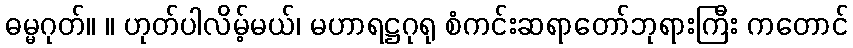
ဓမ္မဂုတ်။ ။ ဟုတ်ပါလိမ့်မယ်၊ မဟာရဋ္ဌဂုရု စံကင်းဆရာတော်ဘုရားကြီး ကတောင်